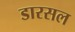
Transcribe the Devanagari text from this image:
डारसल